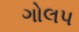
ગોલપ